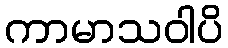
ကာမာသဝါပိ